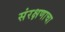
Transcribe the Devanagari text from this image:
संरक्षणाचा